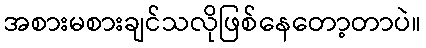
အစားမစားချင်သလိုဖြစ်နေတော့တာပဲ။